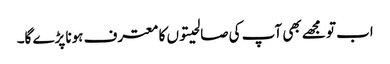
اب تو مجھے بھی آپ کی صالحیتوں کا معترف ہونا پڑے گا۔